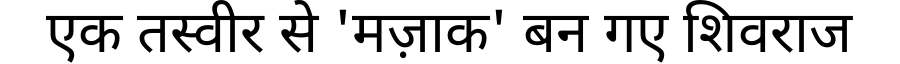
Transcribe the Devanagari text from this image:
एक तस्वीर से 'मज़ाक' बन गए शिवराज